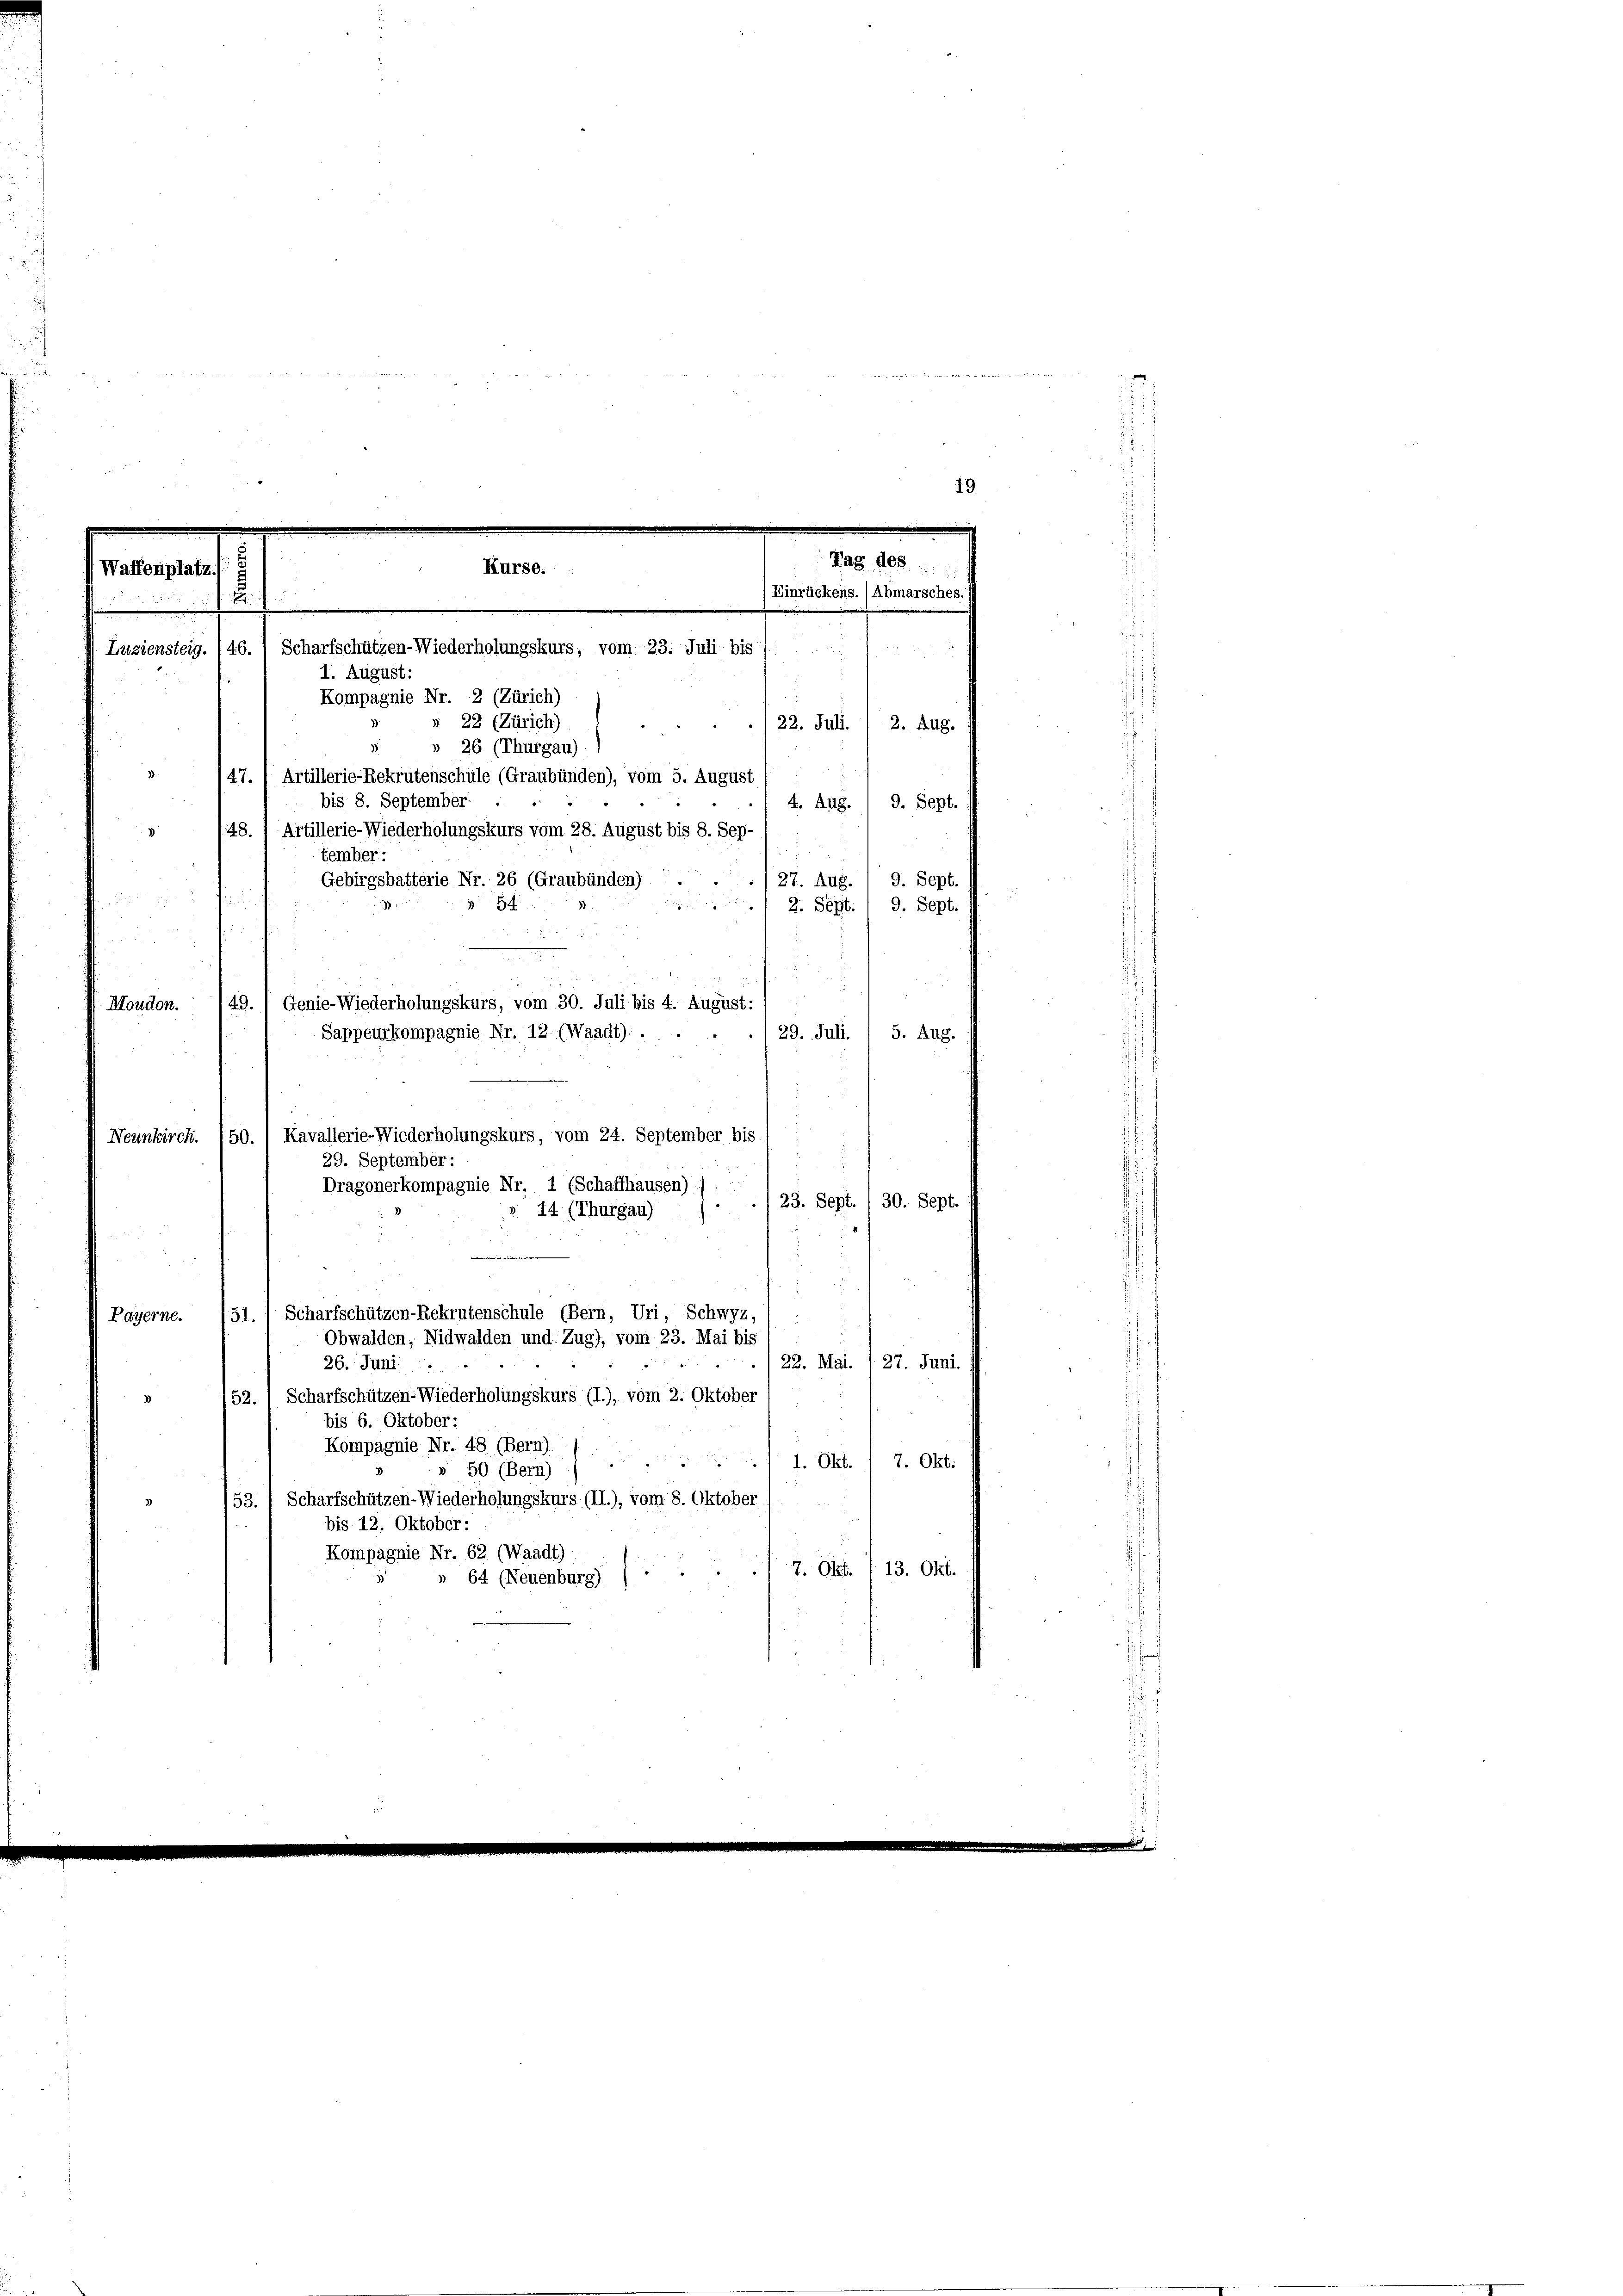
allen mi
etwelche treten mit sehr verhalten verdacht zu vertretenten von de

51.) Scharfschützen-Rekrutenschule (Bern, Uri, Schwyz,
Payerne.
13
Obwalden, Nidwalden und Zug), vom 23. Mai bis
26. Juni:
22. Mai. (27. Juni.
52. 1 Scharfschützen-Wiederholungskurs (I.), vom 2. Oktober
bis 6. Oktober:
Kompagnie Nr. 48 (Bern).
1. Okt. 1 7. Okt.
» 50. (Bern)
53. / Scharfschützen-Wiederholungskurs (II.), vom 8. Oktober
bis 12. Oktober:
Kompagnie Nr. 62 (Waadt)
7. Okt. (13. Okt.
» 64 (Neuenburg)

19
Mag des
Kurse.
Waffenplatz
Einrückens. (Abmarsches.)
f

Luziensteig. 146. , Scharfschützen-Wiederholungskurs, vom 23. Juli bis
1. August:
Kompagnie Nr. 2 (Zürich)
22 (Zürich)
22. Juli. / 2. Aug.
 26 (Thurgau)
147. / Artillerie-Rekrutenschule (Graubünden), vom 5. August
n
bis 8. September.
9. Sept.
4. Aug.
148.) Artillerie-Wiederholungskurs vom 28. August bis 8. Sep-
tember:
9. Sept.
Gebirgsbatterie Nr. 26 (Graubünden)
27. Aug.

54
9. Sept.
2. Sept.
49. 1 Genie-Wiederholungskurs, vom 30. Juli bis 4. August.)
Moudon.
./29. Juli. / 5. Aug.
Sappeurkompagnie Nr. 12. (Waadt).
Kavallerie-Wiederholungskurs, vom 24. September bis
Neunkirch.
50.
29. September :
Dragonerkompagnie Nr. 1 (Schaffhausen)
23. Sept. / 30. Sept.
14. (Thurgau)